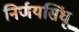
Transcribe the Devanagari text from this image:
निर्णयसिंधू